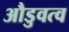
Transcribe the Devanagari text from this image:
औडुवत्व